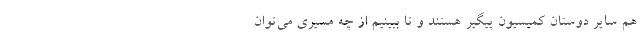
هم سایر دوستان کمیسیون پیگیر هستند و تا ببینیم از چه مسیری می‌توان